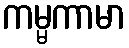
ကမ္မကာမာ